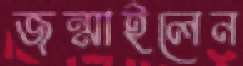
জন্মাইলেন